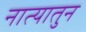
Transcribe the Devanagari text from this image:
नात्यातुन